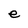
Character: e